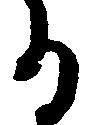
る